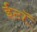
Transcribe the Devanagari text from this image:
ईटॉ